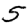
Digit: 5